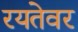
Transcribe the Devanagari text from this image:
रयतेवर